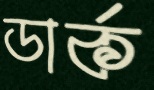
ডার্ক